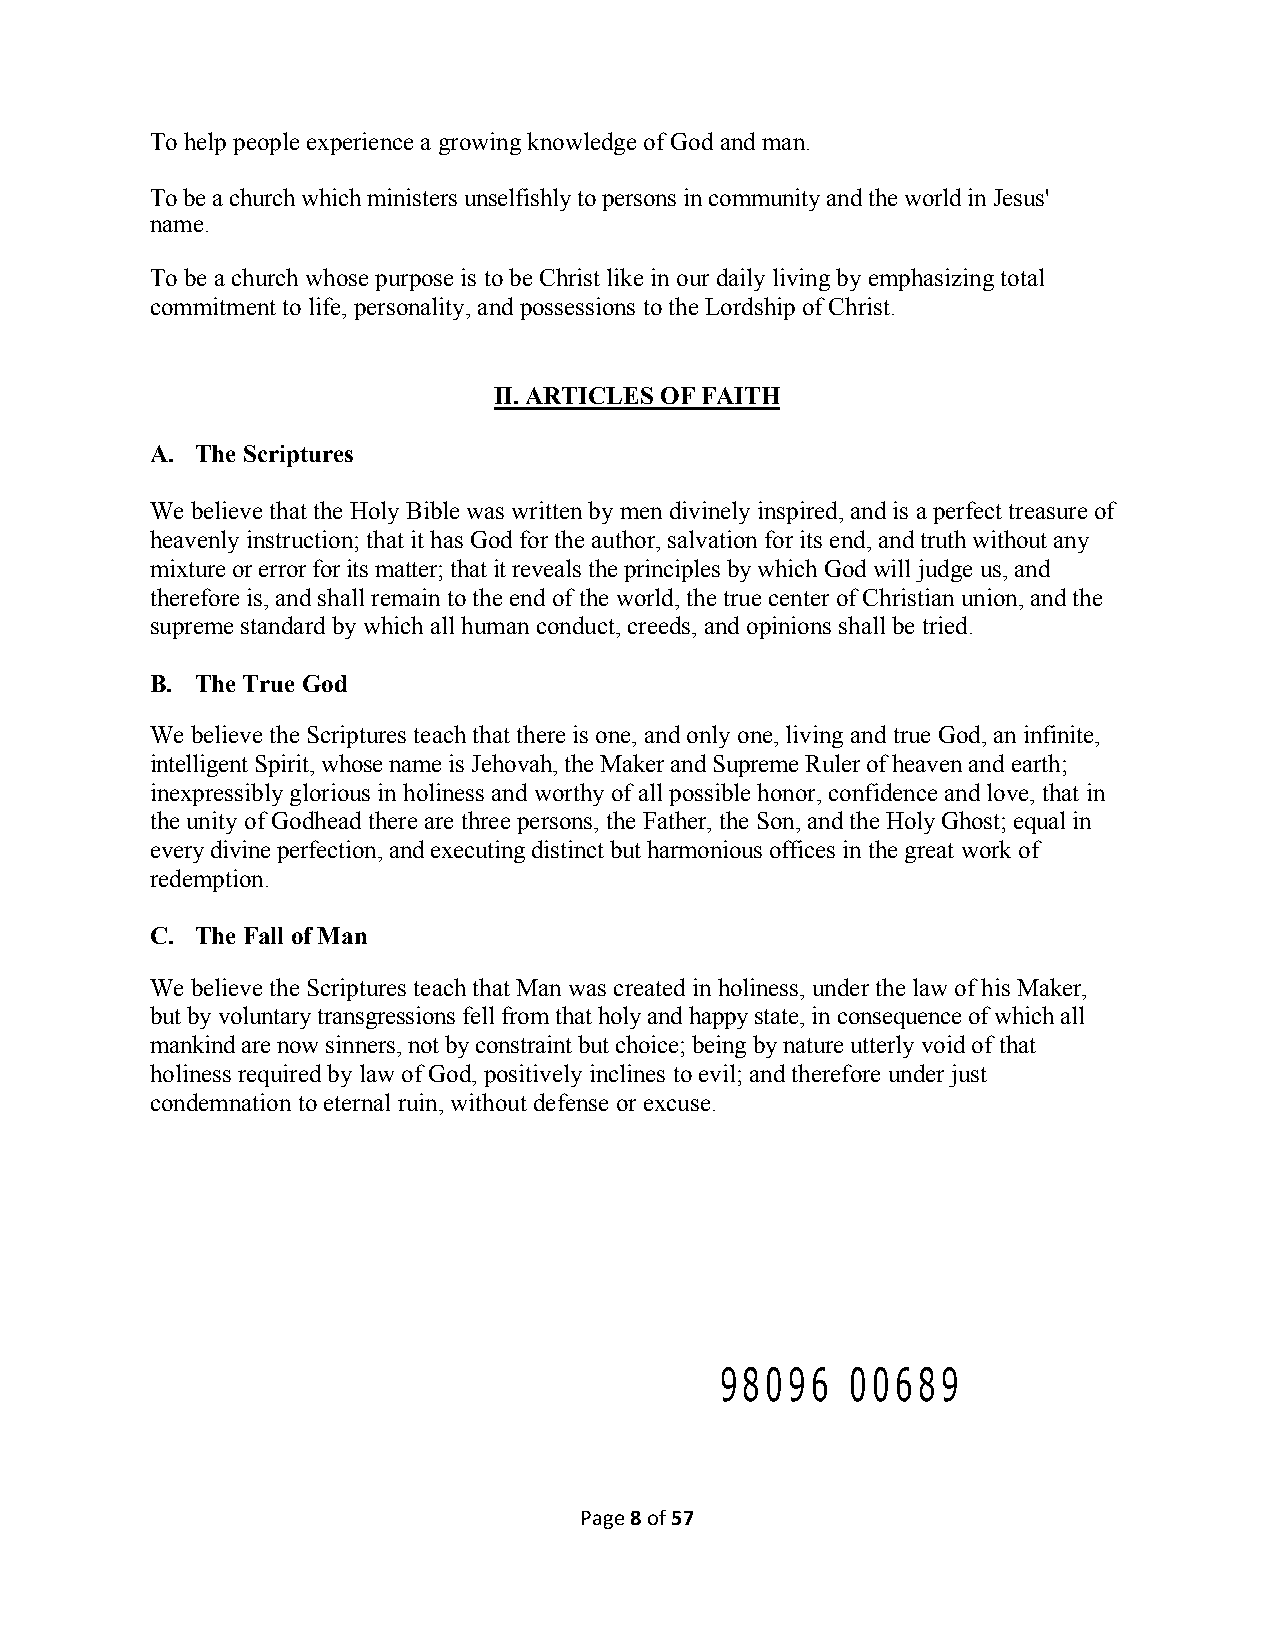
To help people experience a growing knowledge of God and man.
 To be a church which ministers unselfishly to persons in community and the world in Jesus'
 name.
 To be a church whose purpose is to be Christ like in our daily living by emphasizing total
 commitment to life, personality, and possessions to the Lordship of Christ.
 II. ARTICLES OF FAITH
 A. The Scriptures
 We believe that the Holy Bible was written by men divinely inspired, and is a perfect treasure of
 heavenly instruction; that it has God for the author, salvation for its end, and truth without any
 mixture or error for its matter; that it reveals the principles by which God will judge us, and
 therefore is, and shall remain to the end of the world, the true center of Christian union, and the
 supreme standard by which all human conduct, creeds, and opinions shall be tried.
 B. The True God
 We believe the Scriptures teach that there is one, and only one, living and true God, an infinite,
 intelligent Spirit, whose name is Jehovah, the Maker and Supreme Ruler of heaven and earth;
 inexpressibly glorious in holiness and worthy of all possible honor, confidence and love, that in
 the unity of Godhead there are three persons, the Father, the Son, and the Holy Ghost; equal in
 every divine perfection, and executing distinct but harmonious offices in the great work of
 redemption.
 C. The Fall of Man
 We believe the Scriptures teach that Man was created in holiness, under the law of his Maker,
 but by voluntary transgressions fell from that holy and happy state, in consequence of which all
 mankind are now sinners, not by constraint but choice; being by nature utterly void of that
 holiness required by law of God, positively inclines to evil; and therefore under just
 condemnation to eternal ruin, without defense or excuse.
 98096   00689
 Page 8 of 57